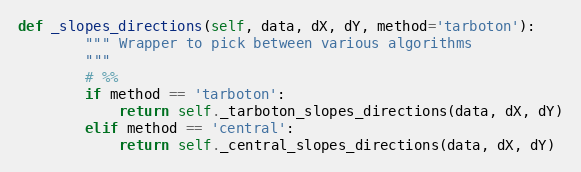
Language: Python
def _slopes_directions(self, data, dX, dY, method='tarboton'):
        """ Wrapper to pick between various algorithms
        """
        # %%
        if method == 'tarboton':
            return self._tarboton_slopes_directions(data, dX, dY)
        elif method == 'central':
            return self._central_slopes_directions(data, dX, dY)